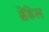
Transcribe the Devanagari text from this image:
ब्रेंडेल